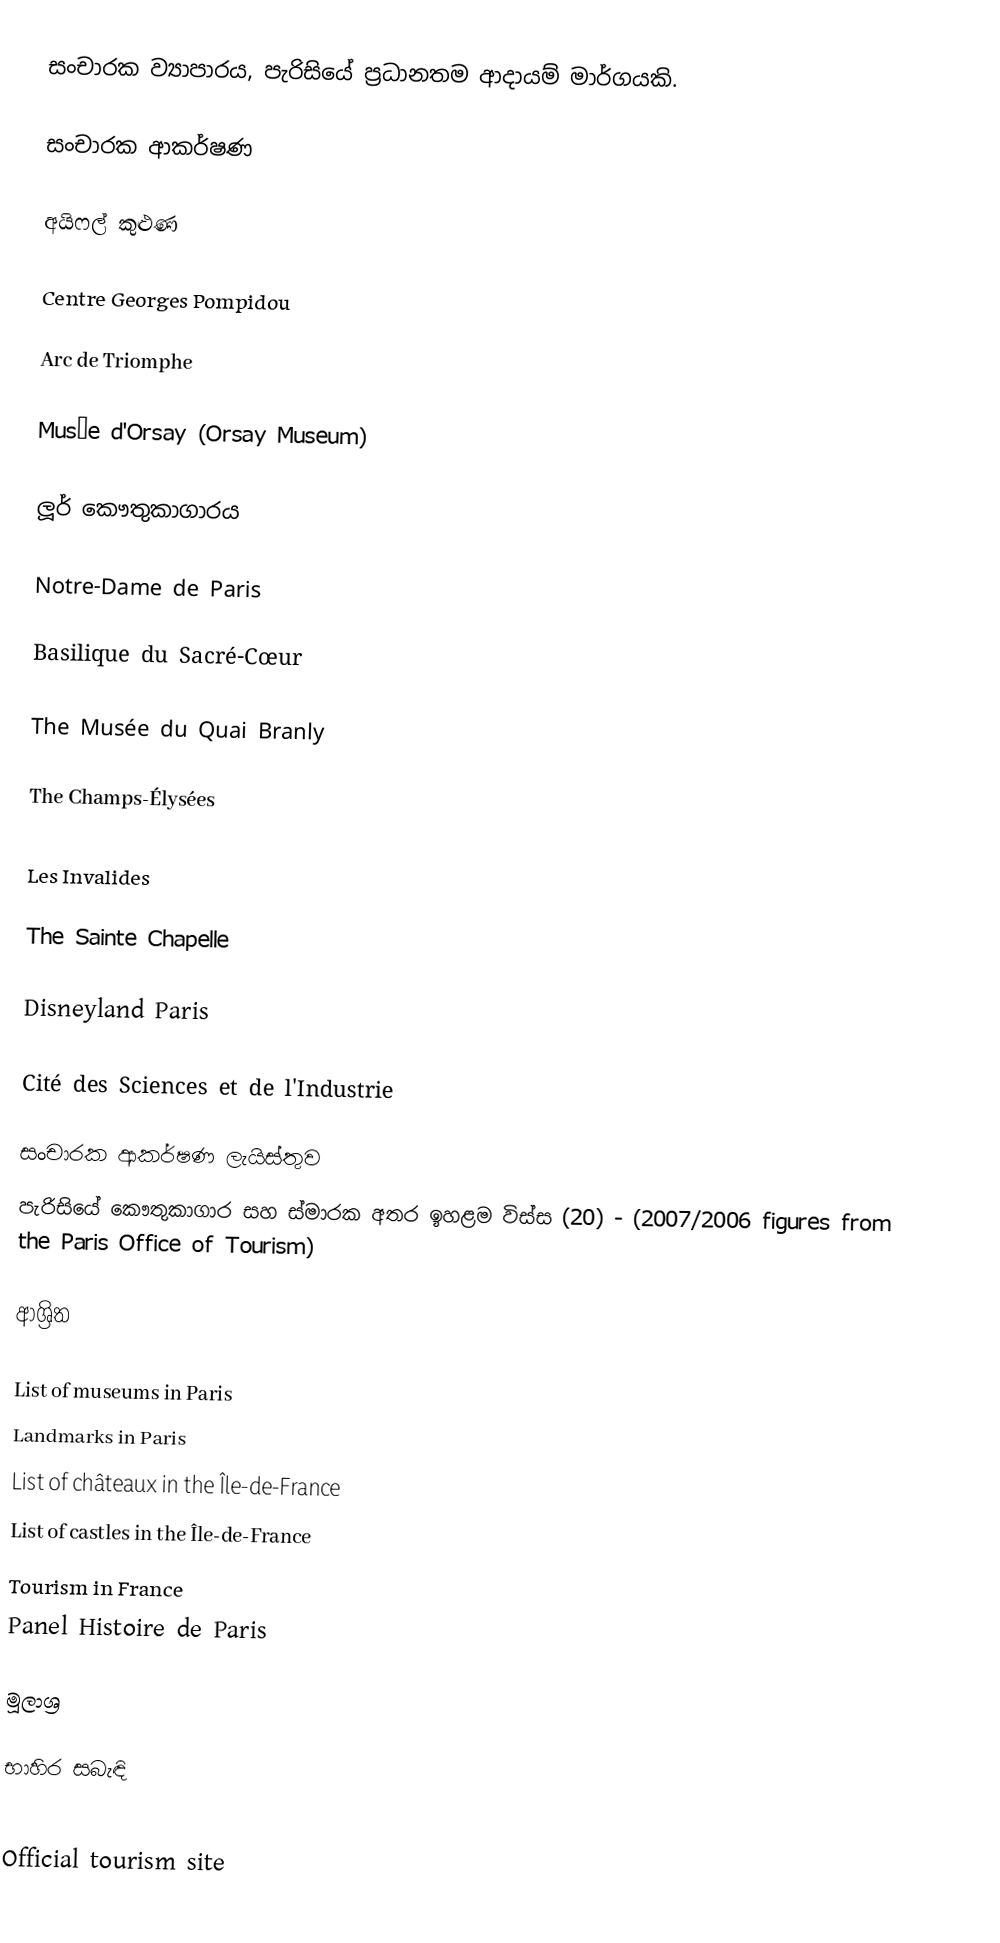
සංචාරක ව්‍යාපාරය, පැරිසියේ ප්‍රධානතම ආදායම් මාර්ගයකි.

සංචාරක ආකර්ෂණ

අයිෆල් කුළුණ

Centre Georges Pompidou

Arc de Triomphe

Musée d'Orsay (Orsay Museum)

ලූර් කෞතුකාගාරය

Notre-Dame de Paris

Basilique du Sacré-Cœur

The Musée du Quai Branly

The Champs-Élysées

Les Invalides

The Sainte Chapelle

Disneyland Paris

Cité des Sciences et de l'Industrie

සංචාරක ආකර්ෂණ ලැයිස්තුව
පැරිසියේ කෞතුකාගාර සහ ස්මාරක අතර ඉහළම විස්ස (20) - (2007/2006 figures from the Paris Office of Tourism)

ආශ්‍රිත

List of museums in Paris
Landmarks in Paris
List of châteaux in the Île-de-France
List of castles in the Île-de-France
Tourism in France
Panel Histoire de Paris

මූලාශ්‍ර

භාහිර සබැඳි

 Official tourism site